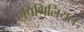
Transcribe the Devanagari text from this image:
एपिथिलियल